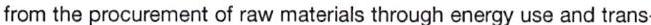
from the procurement of raw materials through energy use and trans